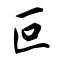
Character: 叵